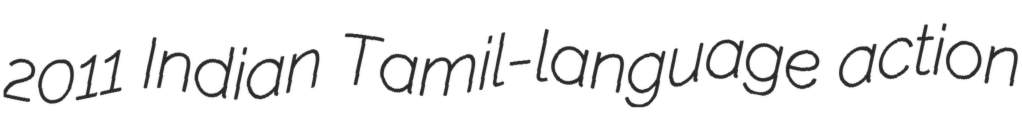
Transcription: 2011 Indian Tamil-language action